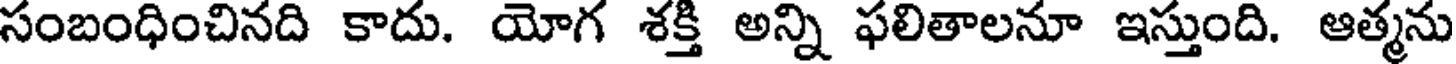
సంబంధించినది కాదు. యోగ శక్తి అన్ని ఫలితాలనూ ఇస్తుంది. ఆత్మను